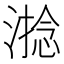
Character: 𣻧